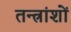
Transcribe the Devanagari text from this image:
तन्त्रांशों